Civil Veterinary Department ledger series I-VI
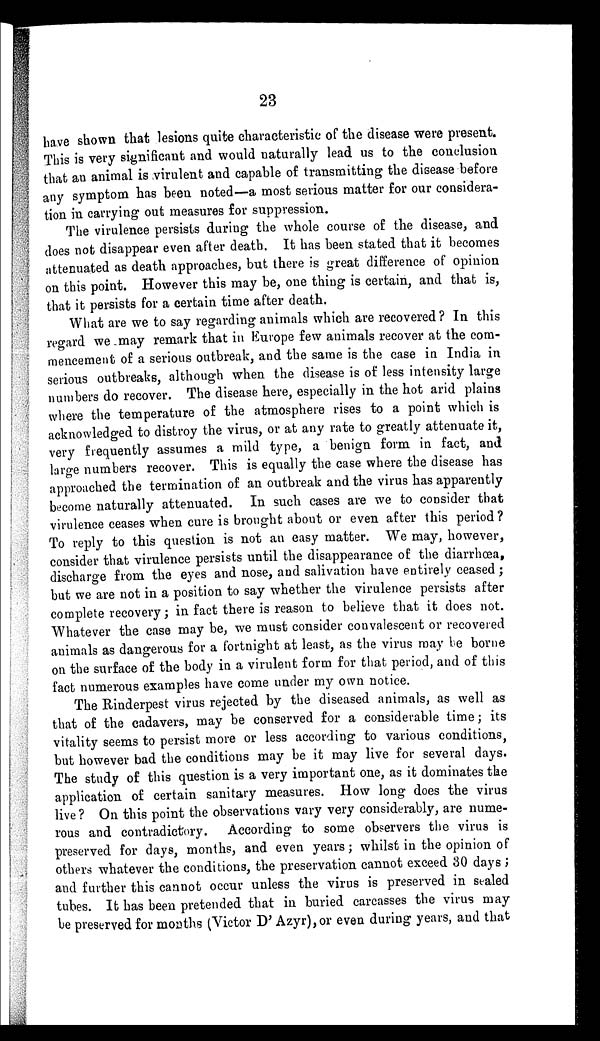
23
have shown that lesions quite characteristic of the disease were present.
This is very significant and would naturally lead us to the conclusion
that an animal is virulent and capable of transmitting the disease before
any symptom has been noted—a most serious matter for our considera-
tion in carrying out measures for suppression.
The virulence persists during the whole course of the disease, and
does not disappear even after death. It has been stated that it becomes
attenuated as death approaches, but there is great difference of opinion
on this point. However this may be, one thing is certain, and that is,
that it persists for a certain time after death.
What are we to say regarding animals which are recovered? In this
regard we may remark that in Europe few animals recover at the com-
mencement of a serious outbreak, and the same is the case in India in
serious outbreaks, although when the disease is of less intensity large
numbers do recover. The disease here, especially in the hot arid plains
where the temperature of the atmosphere rises to a point which is
acknowledged to distroy the virus, or at any rate to greatly attenuate it,
very frequently assumes a mild type, a benign form in fact, and
large numbers recover. This is equally the case where the disease has
approached the termination of an outbreak and the virus has apparently
become naturally attenuated. In such cases are we to consider that
virulence ceases when cure is brought about or even after this period ?
To reply to this question is not an easy matter. We may, however,
consider that virulence persists until the disappearance of the diarrhœa,
discharge from the eyes and nose, and salivation have entirely ceased ;
but we are not in a position to say whether the virulence persists after
complete recovery; in fact there is reason to believe that it does not.
Whatever the case may be, we must consider convalescent or recovered
animals as dangerous for a fortnight at least, as the virus may be borne
on the surface of the body in a virulent form for that period, and of this
fact numerous examples have come under my own notice.
The Rinderpest virus rejected by the diseased animals, as well as
that of the cadavers, may be conserved for a considerable time; its
vitality seems to persist more or less according to various conditions,
but however bad the conditions may be it may live for several days.
The study of this question is a very important one, as it dominates the
application of certain sanitary measures. How long does the virus
live ? On this point the observations vary very considerably, are nume-
rous and contradictory. According to some observers the virus is
preserved for days, months, and even years; whilst in the opinion of
others whatever the conditions, the preservation cannot exceed 30 days ;
and further this cannot occur unless the virus is preserved in sealed
tubes. It has been pretended that in buried carcasses the virus may
be preserved for months (Victor D' Azyr), or even during years, and that